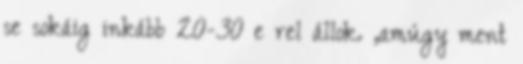
se sokáig inkább 20-30 e rel állok. ,amúgy ment